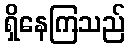
ရှိနေကြသည်